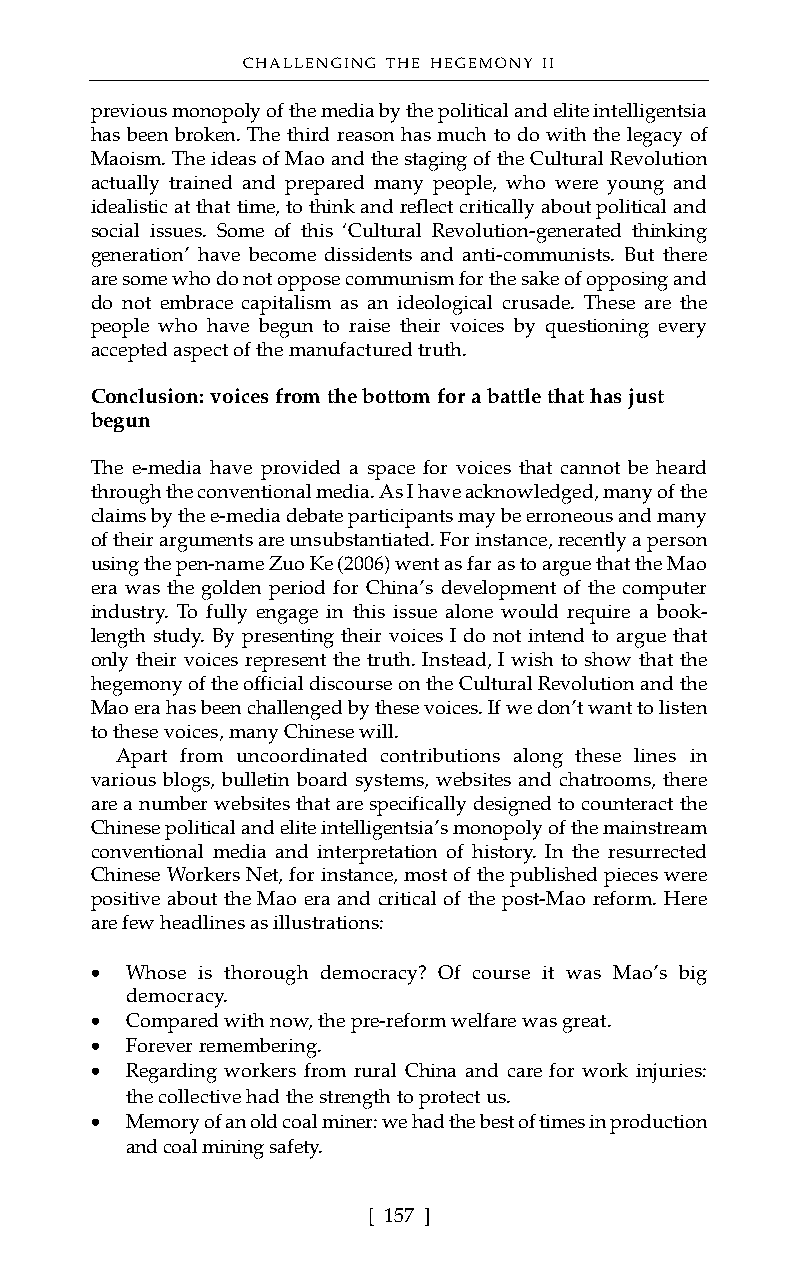
CHALLENGING THE HEGEMONY II
 previous monopoly of the media by the political and elite intelligentsia
 has been broken. The third reason has much to do with the legacy of
 Maoism. The ideas of Mao and the staging of the Cultural Revolution
 actually trained and prepared many people, who were young and
 idealistic at that time, to think and reflect critically about political and
 social issues. Some of this ‘Cultural Revolution-generated thinking
 generation’ have become dissidents and anti-communists. But there
 are some who do not oppose communism for the sake of opposing and
 do not embrace capitalism as an ideological crusade. These are the
 people who have begun to raise their voices by questioning every
 accepted aspect of the manufactured truth.
 Conclusion: voices from the bottom for a battle that has just
 begun
 The e-media have provided a space for voices that cannot be heard
 through the conventional media. As I have acknowledged, many of the
 claims by the e-media debate participants may be erroneous and many
 of their arguments are unsubstantiated. For instance, recently a person
 using the pen-name Zuo Ke (2006) went as far as to argue that the Mao
 era was the golden period for China’s development of the computer
 industry. To fully engage in this issue alone would require a book-
 length study. By presenting their voices I do not intend to argue that
 only their voices represent the truth. Instead, I wish to show that the
 hegemony of the official discourse on the Cultural Revolution and the
 Mao era has been challenged by these voices. If we don’t want to listen
 to these voices, many Chinese will.
 Apart from uncoordinated contributions along these lines in
 various blogs, bulletin board systems, websites and chatrooms, there
 are a number websites that are specifically designed to counteract the
 Chinese political and elite intelligentsia’s monopoly of the mainstream
 conventional media and interpretation of history. In the resurrected
 Chinese Workers Net, for instance, most of the published pieces were
 positive about the Mao era and critical of the post-Mao reform. Here
 are few headlines as illustrations:
 • Whose is thorough democracy? Of course it was Mao’s big
 democracy.
 • Compared with now, the pre-reform welfare was great.
 • Forever remembering.
 • Regarding workers from rural China and care for work injuries:
 the collective had the strength to protect us.
 • Memory of an old coal miner: we had the best of times in production
 and coal mining safety.
 [ 157 ]